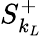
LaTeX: S_{k_{L}}^{+}